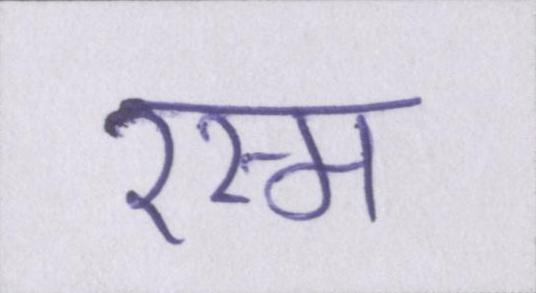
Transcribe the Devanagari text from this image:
रस्म